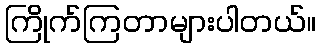
ကြိုက်ကြတာများပါတယ်။